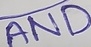
Text: AND